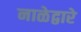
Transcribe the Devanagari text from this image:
नाळेद्वारे